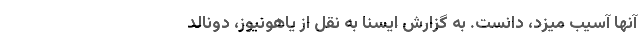
آنها آسیب میزد، دانست. به گزارش ایسنا به نقل از یاهونیوز، دونالد